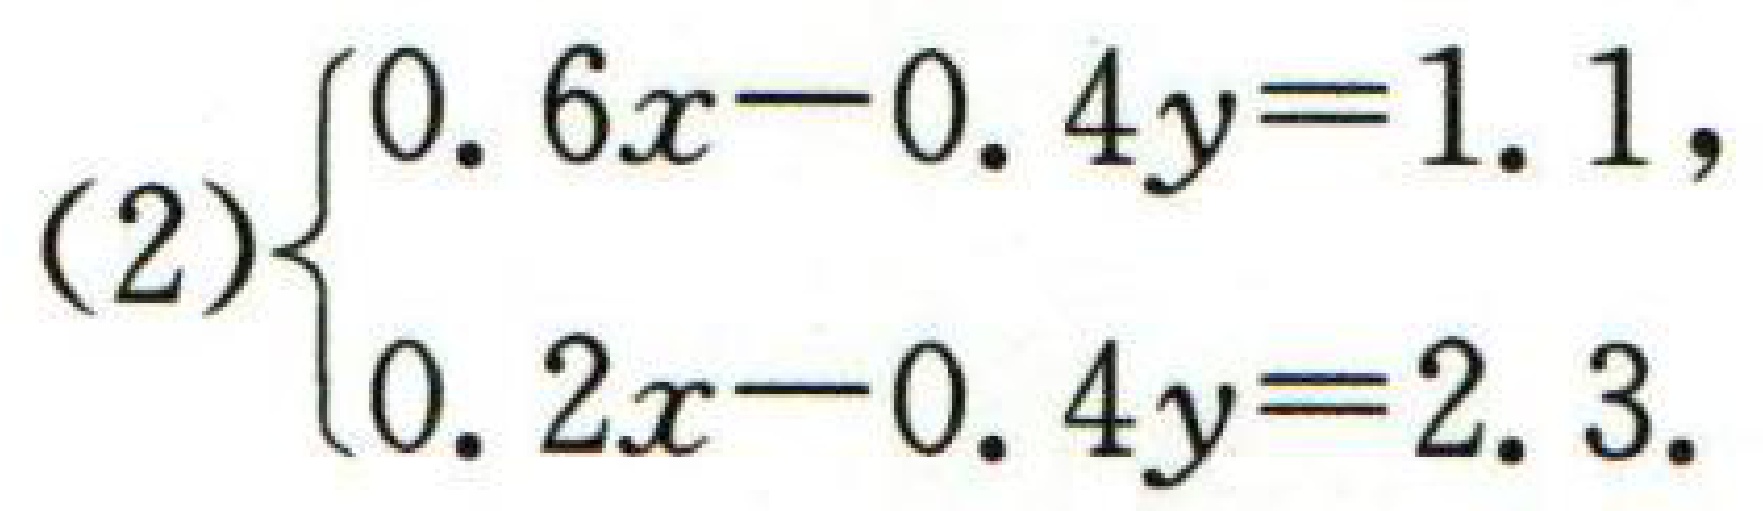
\[(2)\begin{cases}0.6x - 0.4y = 1.1\\0.2x - 0.4y = 2.3\end{cases}\]